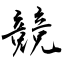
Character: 競